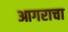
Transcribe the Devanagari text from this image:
आगराचा